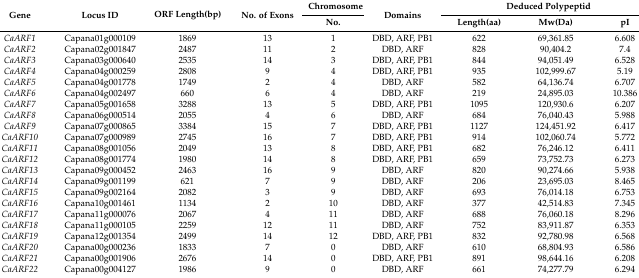
<table><thead><tr><td rowspan="2"><b>Gene</b></td><td rowspan="2"><b>Locus ID</b></td><td rowspan="2"><b>ORF Length(bp)</b></td><td rowspan="2"><b>No. of Exons</b></td><td><b>Chromosome</b></td><td rowspan="2"><b>Domains</b></td><td colspan="3"><b>Deduced Polypeptid</b></td></tr><tr><td><b>No.</b></td><td><b>Length(aa)</b></td><td><b>Mw(Da)</b></td><td><b>pI</b></td></tr></thead><tbody><tr><td><i>CaARF1</i></td><td>Capana01g000109</td><td>1869</td><td>13</td><td>1</td><td>DBD, ARF, PB1</td><td>622</td><td>69,361.85</td><td>6.608</td></tr><tr><td><i>CaARF2</i></td><td>Capana02g001847</td><td>2487</td><td>11</td><td>2</td><td>DBD, ARF</td><td>828</td><td>90,404.2</td><td>7.4</td></tr><tr><td><i>CaARF3</i></td><td>Capana03g000640</td><td>2535</td><td>14</td><td>3</td><td>DBD, ARF, PB1</td><td>844</td><td>94,051.49</td><td>6.528</td></tr><tr><td><i>CaARF4</i></td><td>Capana04g000259</td><td>2808</td><td>9</td><td>4</td><td>DBD, ARF, PB1</td><td>935</td><td>102,999.67</td><td>5.19</td></tr><tr><td><i>CaARF5</i></td><td>Capana04g001778</td><td>1749</td><td>2</td><td>4</td><td>DBD, ARF</td><td>582</td><td>64,136.74</td><td>6.707</td></tr><tr><td><i>CaARF6</i></td><td>Capana04g002497</td><td>660</td><td>6</td><td>4</td><td>DBD, ARF</td><td>219</td><td>24,895.03</td><td>10.386</td></tr><tr><td><i>CaARF7</i></td><td>Capana05g001658</td><td>3288</td><td>13</td><td>5</td><td>DBD, ARF, PB1</td><td>1095</td><td>120,930.6</td><td>6.207</td></tr><tr><td><i>CaARF8</i></td><td>Capana06g000514</td><td>2055</td><td>4</td><td>6</td><td>DBD, ARF</td><td>684</td><td>76,040.43</td><td>5.988</td></tr><tr><td><i>CaARF9</i></td><td>Capana07g000865</td><td>3384</td><td>15</td><td>7</td><td>DBD, ARF, PB1</td><td>1127</td><td>124,451.92</td><td>6.417</td></tr><tr><td><i>CaARF10</i></td><td>Capana07g000989</td><td>2745</td><td>16</td><td>7</td><td>DBD, ARF, PB1</td><td>914</td><td>102,060.74</td><td>5.772</td></tr><tr><td><i>CaARF11</i></td><td>Capana08g001056</td><td>2049</td><td>13</td><td>8</td><td>DBD, ARF, PB1</td><td>682</td><td>76,246.12</td><td>6.411</td></tr><tr><td><i>CaARF12</i></td><td>Capana08g001774</td><td>1980</td><td>14</td><td>8</td><td>DBD, ARF, PB1</td><td>659</td><td>73,752.73</td><td>6.273</td></tr><tr><td><i>CaARF13</i></td><td>Capana09g000452</td><td>2463</td><td>16</td><td>9</td><td>DBD, ARF</td><td>820</td><td>90,274.66</td><td>5.938</td></tr><tr><td><i>CaARF14</i></td><td>Capana09g001199</td><td>621</td><td>7</td><td>9</td><td>DBD, ARF</td><td>206</td><td>23,695.03</td><td>8.465</td></tr><tr><td><i>CaARF15</i></td><td>Capana09g002164</td><td>2082</td><td>3</td><td>9</td><td>DBD, ARF</td><td>693</td><td>76,014.18</td><td>6.753</td></tr><tr><td><i>CaARF16</i></td><td>Capana10g001461</td><td>1134</td><td>2</td><td>10</td><td>DBD, ARF</td><td>377</td><td>42,514.83</td><td>7.345</td></tr><tr><td><i>CaARF17</i></td><td>Capana11g000076</td><td>2067</td><td>4</td><td>11</td><td>DBD, ARF</td><td>688</td><td>76,060.18</td><td>8.296</td></tr><tr><td><i>CaARF18</i></td><td>Capana11g000105</td><td>2259</td><td>12</td><td>11</td><td>DBD, ARF</td><td>752</td><td>83,911.87</td><td>6.353</td></tr><tr><td><i>CaARF19</i></td><td>Capana12g001354</td><td>2499</td><td>14</td><td>12</td><td>DBD, ARF, PB1</td><td>832</td><td>92,780.98</td><td>6.568</td></tr><tr><td><i>CaARF20</i></td><td>Capana00g000236</td><td>1833</td><td>7</td><td>0</td><td>DBD, ARF</td><td>610</td><td>68,804.93</td><td>6.586</td></tr><tr><td><i>CaARF21</i></td><td>Capana00g001906</td><td>2676</td><td>14</td><td>0</td><td>DBD, ARF, PB1</td><td>891</td><td>98,644.16</td><td>6.208</td></tr><tr><td><i>CaARF22</i></td><td>Capana00g004127</td><td>1986</td><td>9</td><td>0</td><td>DBD, ARF</td><td>661</td><td>74,277.79</td><td>6.294</td></tr></tbody></table>